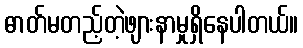
ဓာတ်မတည့်တဲ့ဖျားနာမှုရှိနေပါတယ်။